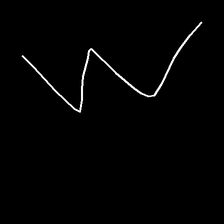
Glyph: crush